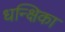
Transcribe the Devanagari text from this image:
धन्क्षिका